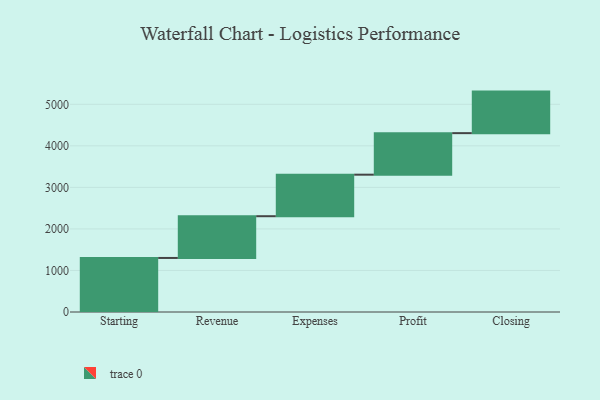
{"axis": {"x": "Step", "y": "Value"}, "legend": [""], "data": [{"x": "Starting", "y": 1301.0, "type": ""}, {"x": "Revenue", "y": 1005.0, "type": ""}, {"x": "Expenses", "y": 1000, "type": ""}, {"x": "Profit", "y": 1000, "type": ""}, {"x": "Closing", "y": 1000, "type": ""}]}